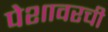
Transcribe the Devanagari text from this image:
पेशावरची